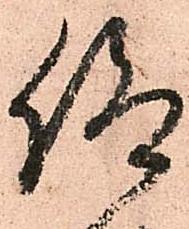
仰